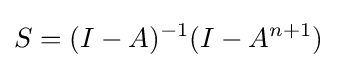
S=(I-A)^{-1}(I-A^{n+1})